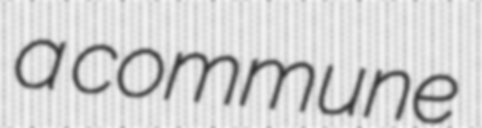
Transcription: a commune